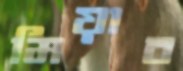
মিয়াব